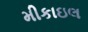
મીકાઇલ